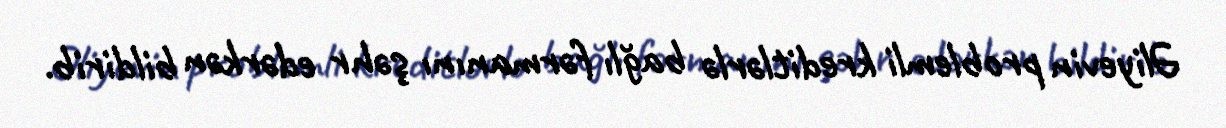
Əliyevin problemli kreditlərlə bağlı fərmanını şəhr edərkən bildirib.